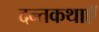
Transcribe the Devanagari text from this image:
दन्तकथाएँ